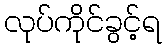
လုပ်ကိုင်ခွင့်ရ